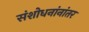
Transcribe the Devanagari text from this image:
संशोधनांनांतर